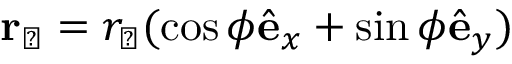
{ \bf r } _ { \perp } = r _ { \perp } ( \cos { \phi } \hat { \bf e } _ { x } + \sin { \phi } \hat { \bf e } _ { y } )